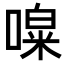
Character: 𠼎